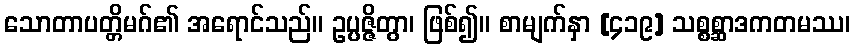
သောတာပတ္တိမဂ်၏ အရောင်သည်။ ဥပ္ပဇ္ဇိတွာ၊ ဖြစ်၍။ စာမျက်နှာ [၄၁၉] သစ္စစ္ဆာဒကတမဿ၊